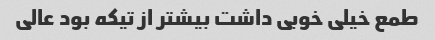
طمع خیلی خوبی داشت بیشتر از تیکه بود عالی